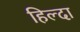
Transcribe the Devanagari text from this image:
हिल्दा